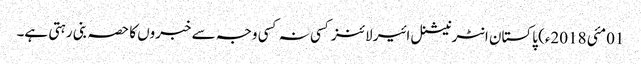
01مئی 2018ء) پاکستان انٹرنیشنل ائیر لائنز کسی نہ کسی وجہ سے خبروں کا حصہ بنی رہتی ہے۔